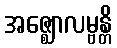
အဇ္ဈောလမ္ဗန္တိ